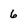
Character: 6